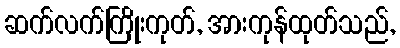
ဆက်လက်ကြိုးကုတ်, အားကုန်ထုတ်သည်,